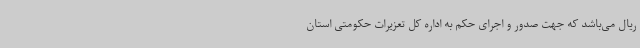
ریال می‌باشد که جهت صدور و اجرای حکم به اداره کل تعزیرات حکومتی استان